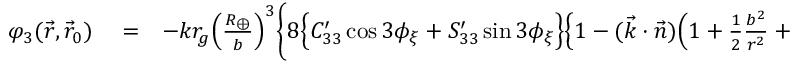
\begin{array} { r l r } { \varphi _ { 3 } ( \vec { r } , \vec { r } _ { 0 } ) } & { { } = } & { - k r _ { g } \Big ( \frac { R _ { \oplus } } { b } \Big ) ^ { 3 } \bigg \{ 8 \Big \{ C _ { 3 3 } ^ { \prime } \cos 3 \phi _ { \xi } + S _ { 3 3 } ^ { \prime } \sin 3 \phi _ { \xi } \Big \} \Big \{ 1 - ( \vec { k } \cdot \vec { n } ) \Big ( 1 + { \textstyle \frac { 1 } { 2 } } \frac { b ^ { 2 } } { r ^ { 2 } } + { \textstyle \frac { 3 } { 8 } } \frac { b ^ { 4 } } { r ^ { 4 } } \Big ) \Big \} - } \end{array}